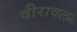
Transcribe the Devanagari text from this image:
वीरावल